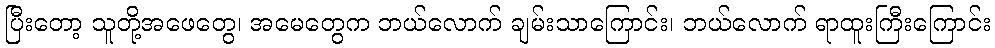
ပြီးတော့ သူတို့အဖေတွေ၊ အမေတွေက ဘယ်လောက် ချမ်းသာကြောင်း၊ ဘယ်လောက် ရာထူးကြီးကြောင်း